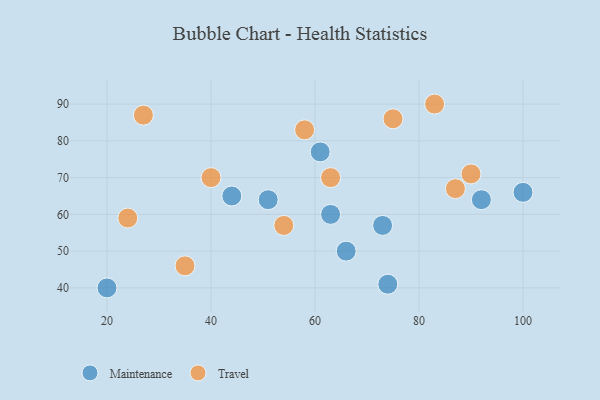
{"axis": {"x": "GDP", "y": "Life Expectancy"}, "legend": ["Maintenance", "Travel"], "data": [{"x": "51", "y": 64, "type": "Maintenance"}, {"x": "74", "y": 41, "type": "Maintenance"}, {"x": "44", "y": 65, "type": "Maintenance"}, {"x": "61", "y": 77, "type": "Maintenance"}, {"x": "63", "y": 60, "type": "Maintenance"}, {"x": "66", "y": 50, "type": "Maintenance"}, {"x": "20", "y": 40, "type": "Maintenance"}, {"x": "73", "y": 57, "type": "Maintenance"}, {"x": "100", "y": 66, "type": "Maintenance"}, {"x": "92", "y": 64, "type": "Maintenance"}, {"x": "90", "y": 71, "type": "Travel"}, {"x": "87", "y": 67, "type": "Travel"}, {"x": "24", "y": 59, "type": "Travel"}, {"x": "75", "y": 86, "type": "Travel"}, {"x": "54", "y": 57, "type": "Travel"}, {"x": "58", "y": 83, "type": "Travel"}, {"x": "63", "y": 70, "type": "Travel"}, {"x": "40", "y": 70, "type": "Travel"}, {"x": "35", "y": 46, "type": "Travel"}, {"x": "27", "y": 87, "type": "Travel"}, {"x": "83", "y": 90, "type": "Travel"}]}